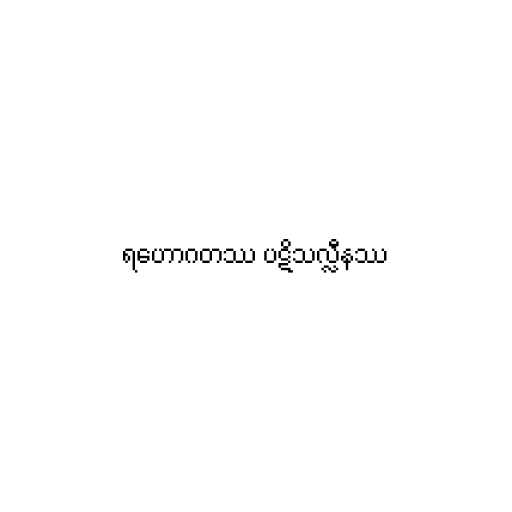
ရဟောဂတဿ ပဋိသလ္လီနဿ